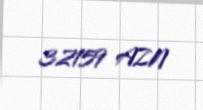
32159 AZN